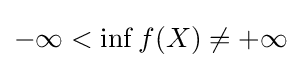
-\infty <\inf _{}f(X)\neq +\infty